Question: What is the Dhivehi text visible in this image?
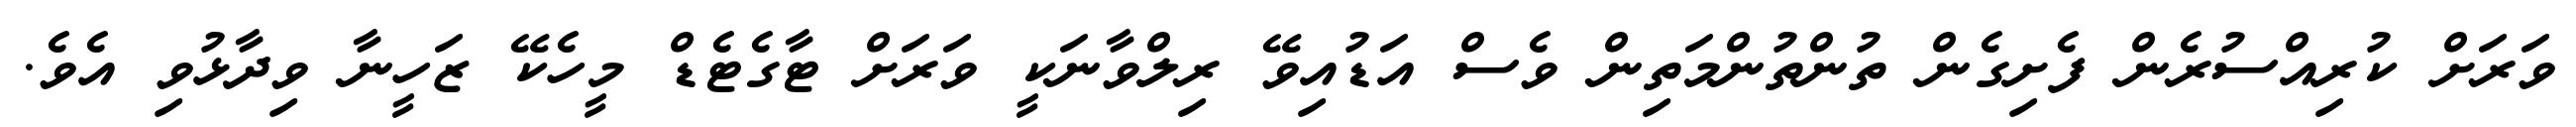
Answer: ވަރަށް ކުރިއްސުރެން ފެށިގެން ތުންތުންމަތިން ވެސް އަޑުއިވޭ ރިލްވާނަކީ ވަރަށް ޓާގެޓެޑް މީހެކޭ ޒަހީނާ ވިދާޅުވި އެވެ.